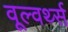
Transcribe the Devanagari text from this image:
वूल्वर्थ्स